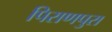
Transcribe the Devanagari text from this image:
पिराणपुरा